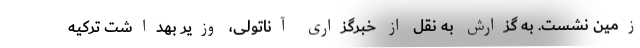
زمین نشست. به گزارش به نقل از خبرگزاری آناتولی، وزیر بهداشت ترکیه